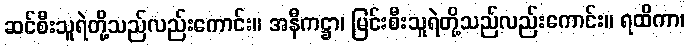
ဆင်စီးသူရဲတို့သည်လည်းကောင်း။ အနီကဋ္ဌာ၊ မြင်းစီးသူရဲတို့သည်လည်းကောင်း။ ရထိကာ၊